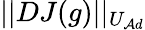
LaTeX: ||DJ(g)||_{U_{\mathcal{A}d}}